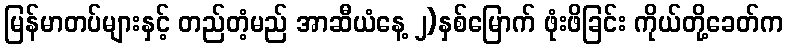
မြန်မာတပ်များနှင့် တည်တံ့မည် အာဆီယံနေ့ ၂)နှစ်မြောက် ဖုံးဖိခြင်း ကိုယ်တို့ခေတ်က